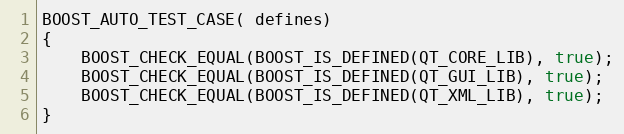
Language: C++
BOOST_AUTO_TEST_CASE( defines)
{
    BOOST_CHECK_EQUAL(BOOST_IS_DEFINED(QT_CORE_LIB), true);
    BOOST_CHECK_EQUAL(BOOST_IS_DEFINED(QT_GUI_LIB), true);
    BOOST_CHECK_EQUAL(BOOST_IS_DEFINED(QT_XML_LIB), true);
}